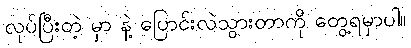
လုပ်ပြီးတဲ့ မှာ နဲ့ ပြောင်းလဲသွားတာကို တွေ့ရမှာပါ။